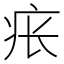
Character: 𪽪